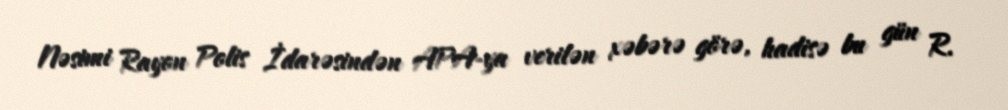
Nəsimi Rayon Polis İdarəsindən APA-ya verilən xəbərə görə, hadisə bu gün R.